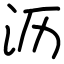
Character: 沥